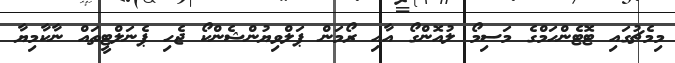
މިމެޗުގައި ޓޮޓެންހަމްގެ މަސިމޯ ލުއޮންގޯ އާއި ރޯމަން ޕަލްވިޔުންޝެންކޯ ޖެހި ޕެނަލްޓީތައް ނާކާމިޔާ